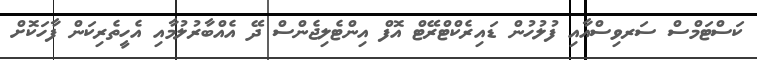
ކަސްޓަމްސް ސަރވިސްއާއި ފުލުހުން ޑައިރެކްޓްރޭޓް އޮފް އިންޓެލިޖެންސް ދޭ އެއްބާރުލުމާއި އެހީތެރިކަން ފާހަކޮށް